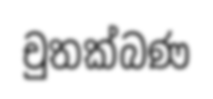
චුතක්බණ